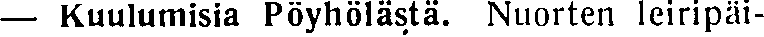
— Kuulumisia Pöyhölästä. Nuorten leiripäi-